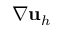
\nabla { \mathbf u } _ { h }